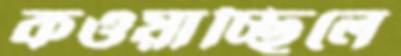
কওয়াচ্ছিলে